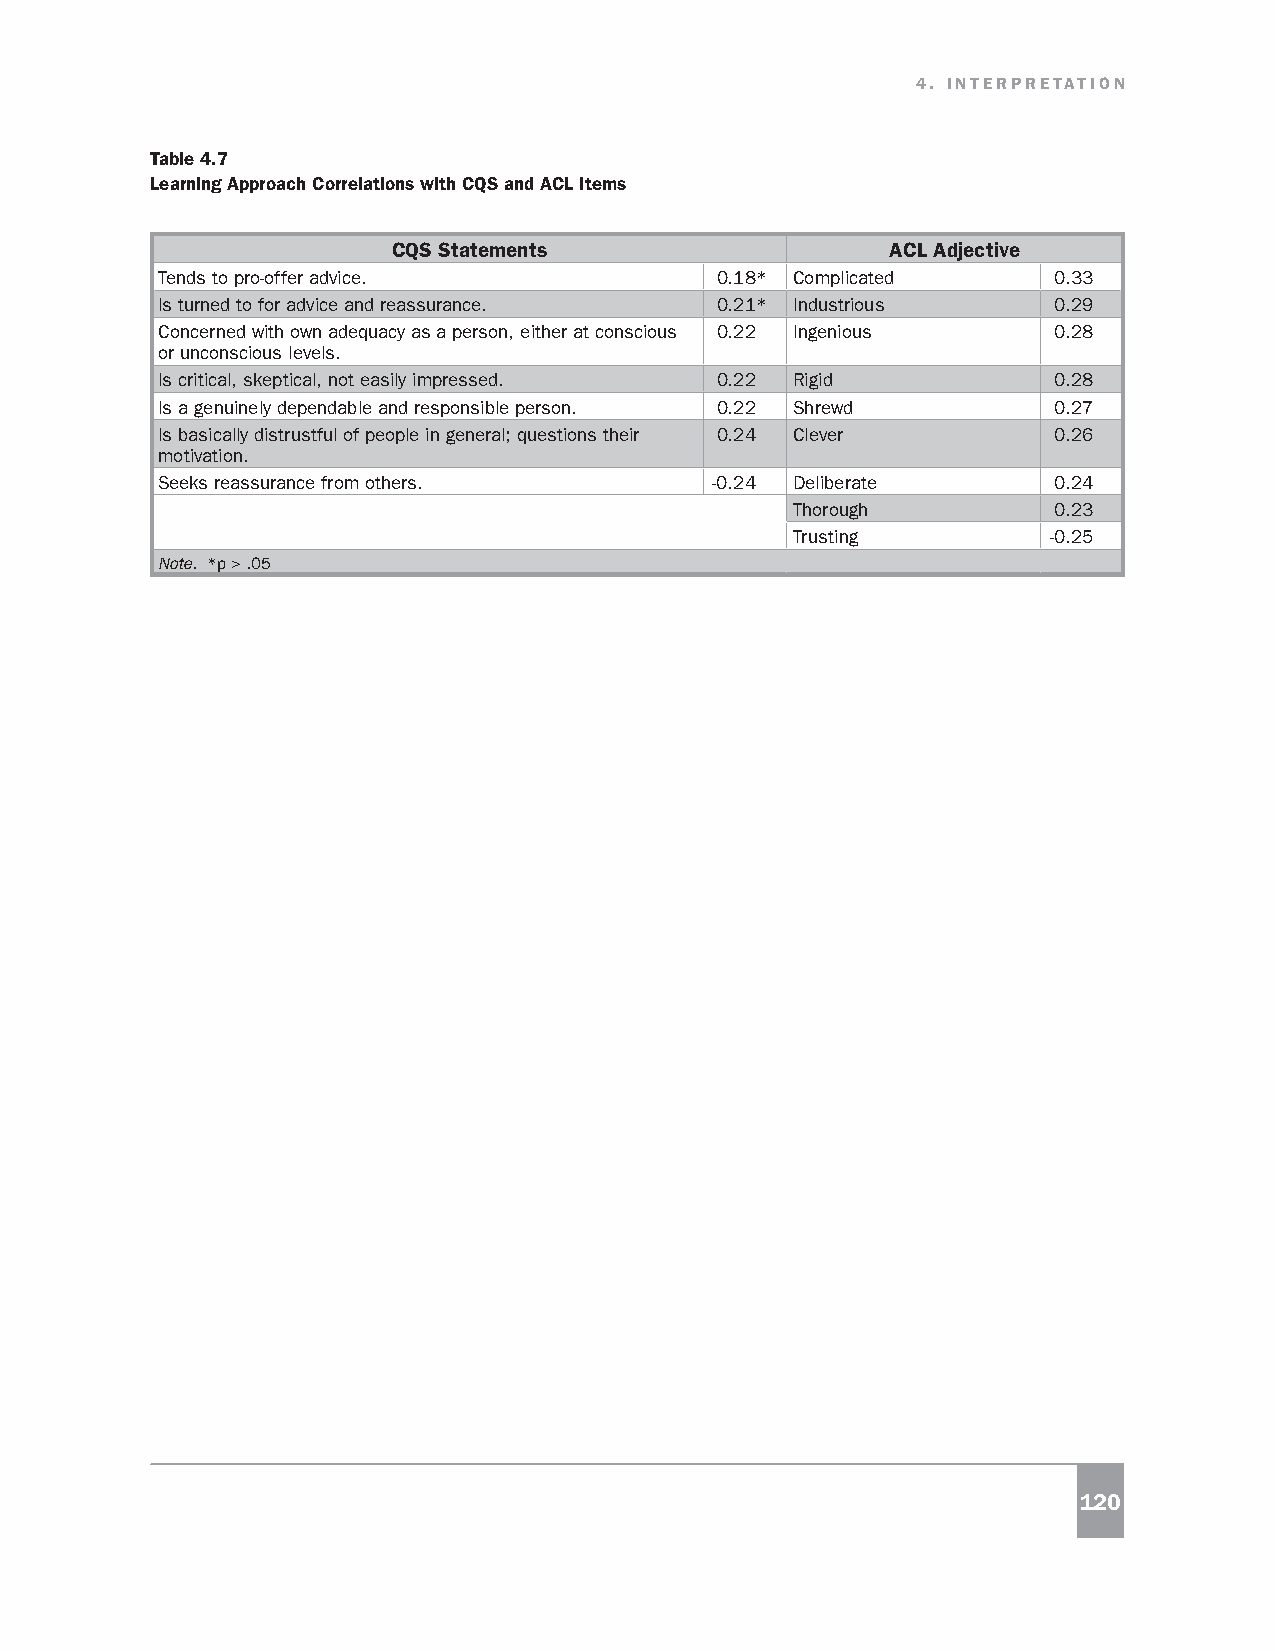
4. INTERPRETATION
 Table 4.7
 Learning Approach Correlations with CQS and ACL Items
 CQS Statements                   ACL Adjective
 Tends to pro-offer advice.           0.18* Complicated      0.33
 Is turned to for advice and reassurance. 0.21* Industrious  0.29
 Concerned with own adequacy as a person, either at conscious 0.22 Ingenious 0.28
 or unconscious levels.
 Is critical, skeptical, not easily impressed. 0.22 Rigid    0.28
 Is a genuinely dependable and responsible person. 0.22 Shrewd 0.27
 Is basically distrustful of people in general; questions their 0.24 Clever 0.26
 motivation.
 Seeks reassurance from others.       -0.24 Deliberate       0.24
 Thorough          0.23
 Trusting          -0.25
 Note. *p > .05
 120